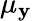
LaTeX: \mu_{\mathbf{y}}